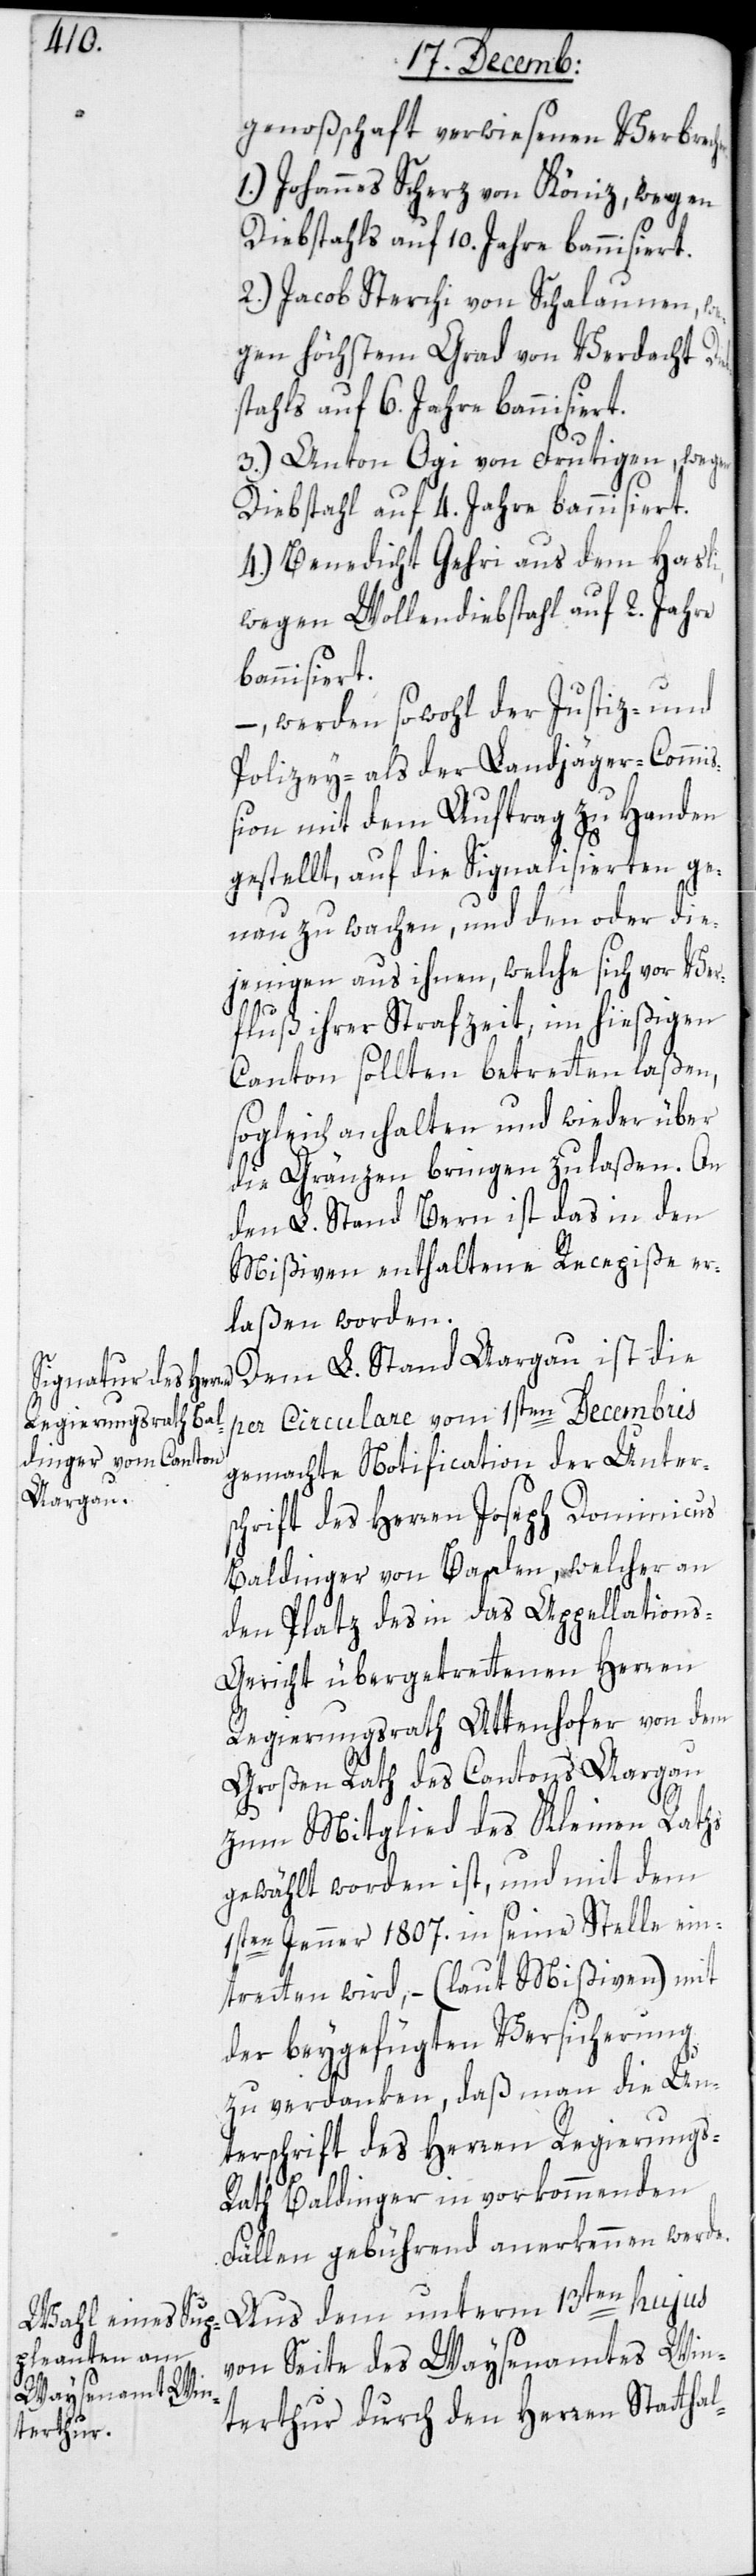
er.

genoßschaft verwiesenen Verbrech¬
1.) Johannes Scherz von Köniz, wegen
Diebstahls auf 6. Jahre bannisiert.
2.) Jacob Sterchi von Schalaunen, we¬
gen höchstem Grad von Verdacht
3.) Anton Ogi von Frutigen, wegen
Diebstahl auf 4. Jahre bannisiert.
4.) Benedicht Gehri aus dem Hasli,
wegen Wollendiebstahl auf 2. Jahre
bannisiert.
–, werden sowohl der Justiz- und
Polizey- als der Landjäger-Commi¬
ßion mit dem Auftrag zu Handen
gestellt, auf die Signalisierten ge¬
nau zu wachen, und den oder die¬
jenigen aus ihnen, welche sich vor Ver¬
fluß ihrer Strafzeit im hießigen
Canton sollten betretten laßen,
sogleich anhalten und wieder über
die Grenzen bringen zu laßen. An
den L. Stand Bern ist das in den
Mißiven enthaltene Recepiße er¬
laßen worden.
Dem L. Stand Aargau ist die
per Circulare vom 1sten Decembris
gemachte Notification der Unter¬
schrift des Herren Joseph Dominicus
den Platz des in das Appellation¬
s-Gericht übergetretenen Herren
Regierungsrath Attenhofer von dem
Großen Rath des Cantons Aargau
l-
zum Mitglied des Kleinen Raths
gewählt worden ist, und mit dem
1sten Jenner 1807. in seine Stelle ein¬
treten wird, – (laut Mißiven) mit
der beygefügten Versicherung
zu verdanken, daß man die Un¬
terschrift des Herren Regierungs¬
rath Baldinger in vorkommenden
Fällen gebührend anerkennen werde.
Aus dem unterm 13ten hujus
von Seite des Waysenamtes Win¬
terthur durch den Herren Stattha¬